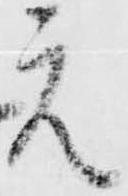
元